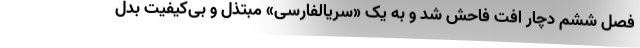
فصل ششم دچار افت فاحش شد و به یک «سریالفارسی» مبتذل و بی‌کیفیت بدل